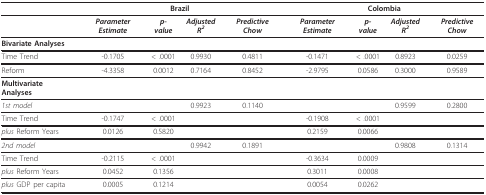
<table><thead><tr><td></td><td colspan="4"><b>Brazil</b></td><td colspan="4"><b>Colombia</b></td></tr></thead><tbody><tr><td></td><td><i><b>Parameter Estimate</b></i></td><td><i><b>p-value</b></i></td><td><i><b>Adjusted R<sup>2</sup></b></i></td><td><i><b>Predictive Chow</b></i></td><td><i><b>Parameter Estimate</b></i></td><td><i><b>p-value</b></i></td><td><i><b>Adjusted R<sup>2</sup></b></i></td><td><i><b>Predictive Chow</b></i></td></tr><tr><td><b>Bivariate Analyses</b></td><td></td><td></td><td></td><td></td><td></td><td></td><td></td><td></td></tr><tr><td>Time Trend</td><td>-0.1705</td><td>&lt; .0001</td><td>0.9930</td><td>0.4811</td><td>-0.1471</td><td>&lt; .0001</td><td>0.8923</td><td>0.0259</td></tr><tr><td>Reform</td><td>-4.3358</td><td>0.0012</td><td>0.7164</td><td>0.8452</td><td>-2.9795</td><td>0.0586</td><td>0.3000</td><td>0.9589</td></tr><tr><td><b>Multivariate Analyses</b></td><td></td><td></td><td></td><td></td><td></td><td></td><td></td><td></td></tr><tr><td><i>1st model</i></td><td></td><td></td><td>0.9923</td><td>0.1140</td><td></td><td></td><td>0.9599</td><td>0.2800</td></tr><tr><td>Time Trend</td><td>-0.1747</td><td>&lt; .0001</td><td></td><td></td><td>-0.1908</td><td>&lt; .0001</td><td></td><td></td></tr><tr><td><i>plus </i>Reform Years</td><td>0.0126</td><td>0.5820</td><td></td><td></td><td>0.2159</td><td>0.0066</td><td></td><td></td></tr><tr><td><i>2nd model</i></td><td></td><td></td><td>0.9942</td><td>0.1891</td><td></td><td></td><td>0.9808</td><td>0.1314</td></tr><tr><td>Time Trend</td><td>-0.2115</td><td>&lt; .0001</td><td></td><td></td><td>-0.3634</td><td>0.0009</td><td></td><td></td></tr><tr><td><i>plus </i>Reform Years</td><td>0.0452</td><td>0.1356</td><td></td><td></td><td>0.3011</td><td>0.0008</td><td></td><td></td></tr><tr><td><i>plus </i>GDP per capita</td><td>0.0005</td><td>0.1214</td><td></td><td></td><td>0.0054</td><td>0.0262</td><td></td><td></td></tr></tbody></table>